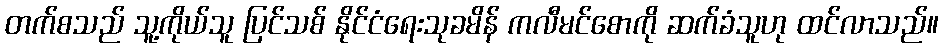
တက်စသည် သူ့ကိုယ်သူ ပြင်သစ် နိုင်ငံရေးသုခမိန် ကလီမင်စောကို ဆက်ခံသူဟု ထင်လာသည်။